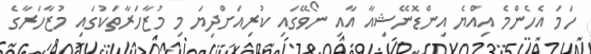
ހަމަ އެހެންމެ އިއްޔެ އިންޑޮނޭޝިއާ އާއި ނޯވޭގައި ކުރިއަށްދިޔަ މި މުޒާހަރާތަކުގައި މުޒާހަރާގެ